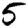
Digit: 5